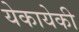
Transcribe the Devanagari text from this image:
येकायेकी